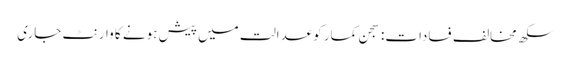
سکھ مخالف فسادات: سجن کمار کوعدالت میں پیش ہونے کا وارنٹ جاری